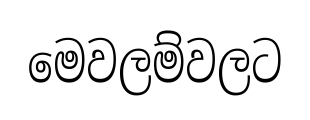
මෙවලම්වලට